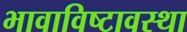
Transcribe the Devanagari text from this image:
भावाविष्टावस्था